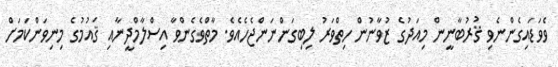
ވެވަޑައިގެންނެވި ޤުރުބާނީން މިއަދުގެ ޒުވާނުން ހިތްވަރު ލިބިގަންނަންޖެހެއެވެ. މާތްވެގެންވާ އިސްލާމްދީނާއި ޤައުމުގެ މިނިވަންކަމަށް